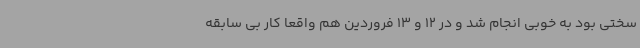
سختی بود به خوبی انجام شد و در 12 و 13 فروردین هم واقعاً کار بی سابقه